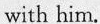
with him.